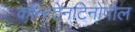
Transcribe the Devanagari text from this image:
कॉन्स्टेनटिनोपोल